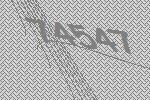
74547